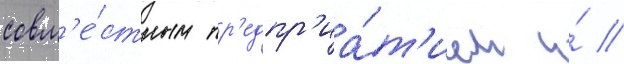
совм'е́стным пр'едпр'иа́т'ием и́ //